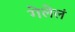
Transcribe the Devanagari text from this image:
गेलेलं